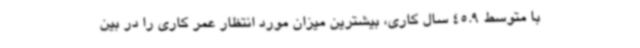
با متوسط 45.9 سال کاری، بیشترین میزان مورد انتظار عمر کاری را در بین